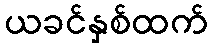
ယခင်နှစ်ထက်